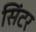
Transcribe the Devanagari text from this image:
सिंटर